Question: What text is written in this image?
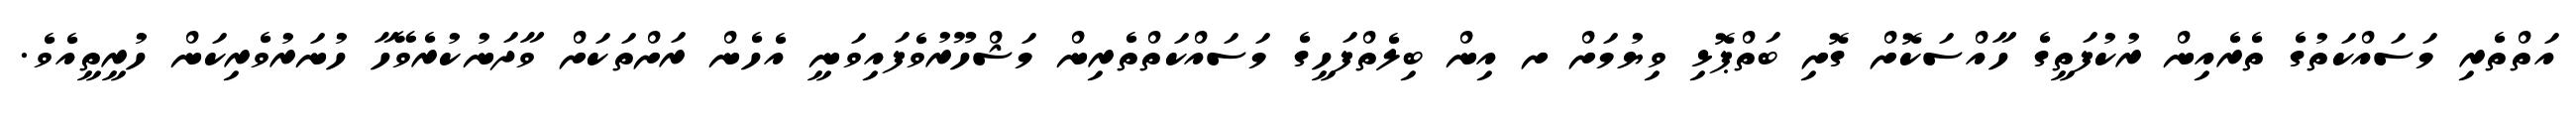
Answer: އަތްތެރި މަސައްކަތުގެ ތެރެއިން ރުކުފަތީގެ ހާއްސަކޮށް ގޮށި ބަތްޕޮޅި ވިޔުމަށް ށ އިން ބިލެތްފަހީގެ މަސައްކަތްތެރިން މަޝްހޫރުވެފައިވަނީ އެހެން ރަށްތަކަށް ވާދަނުކުރެވޭހާ ހުނަރުވެރިކަން ހުރީތީއެވެ.